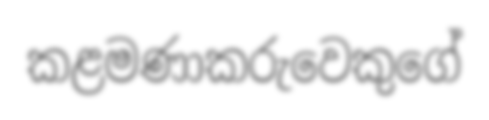
කළමණාකරුවෙකුගේ